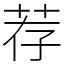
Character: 荐